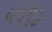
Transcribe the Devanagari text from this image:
५६९४